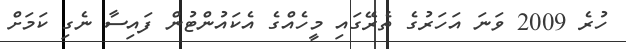
ހުރެ 2009 ވަނަ އަހަރުގެ ތެރޭގައި މީހެއްގެ އެކައުންޓުން ފައިސާ ނެގި ކަމަށް